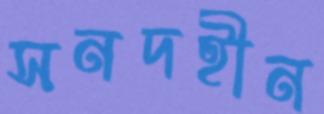
সনদহীন